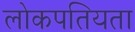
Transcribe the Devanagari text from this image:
लोकपतियता